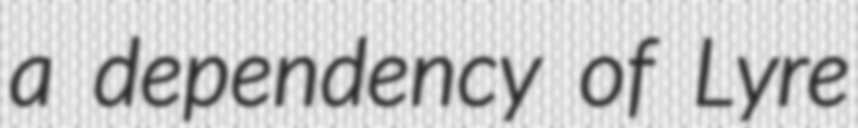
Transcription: a dependency of Lyre